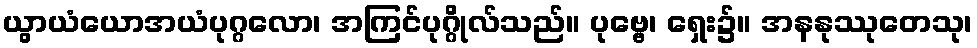
ယွာယံယောအယံပုဂ္ဂလော၊ အကြင်ပုဂ္ဂိုလ်သည်။ ပုဗ္ဗေ၊ ရှေး၌။ အနနုဿုတေသု၊